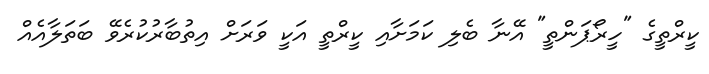
ކީރްތީގެ "ހީރޯޕަންތީ" އޭނާ ބެލި ކަމަށާއި ކީރްތީ އަކީ ވަރަށް އިތުބާރުކުރެވޭ ބަތަލާއެއް